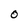
Character: 0